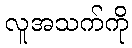
လူအသက်ကို